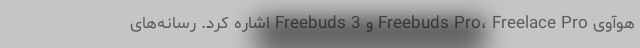
هوآوی Freebuds Pro، Freelace Pro و Freebuds 3 اشاره کرد. رسانه‌های